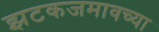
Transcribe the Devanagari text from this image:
झटकजमावच्या